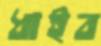
ধাইব